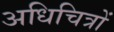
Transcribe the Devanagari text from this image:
अधिचित्रों